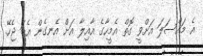
އެ މައްސަލަ އަށްވީ ގޮތް އެމީހާގެ އާއިލާ އަށް އެނގެން އެބަ ޖެހޭ.